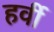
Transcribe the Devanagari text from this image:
हर्वी